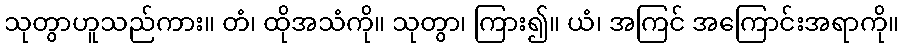
သုတွာဟူသည်ကား။ တံ၊ ထိုအသံကို။ သုတွာ၊ ကြား၍။ ယံ၊ အကြင် အကြောင်းအရာကို။